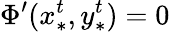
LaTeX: \Phi^{\prime}(x_{*}^{t},y_{*}^{t})=0